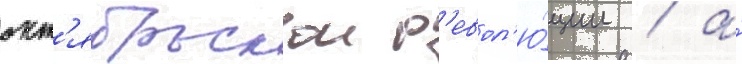
окт'ябрьскои р'евол'ю́ции / а́